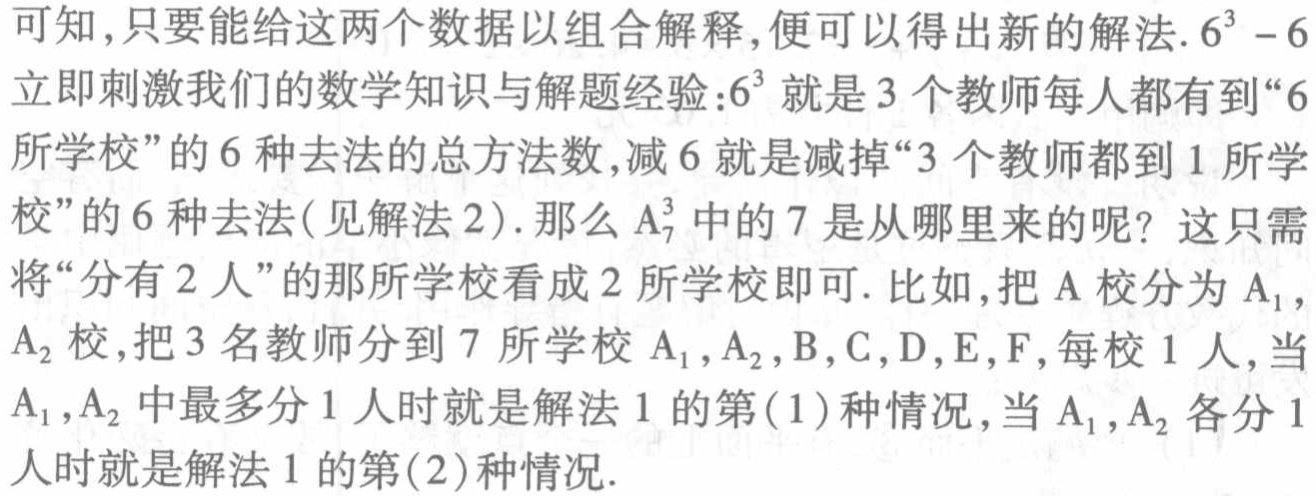
可知,只要能给这两个数据以组合解释,便可以得出新的解法.\(6^{3}-6\)立即刺激我们的数学知识与解题经验:\(6^{3}\)就是\(3\)个教师每人都有到“\(6\)所学校”的\(6\)种去法的总方法数,减\(6\)就是减掉“\(3\)个教师都到\(1\)所学校”的\(6\)种去法(见解法2).那么\(A_{7}^{3}\)中的\(7\)是从哪里来的呢? 这只需将“分有\(2\)人”的那所学校看成\(2\)所学校即可.比如,把\(A\)校分为\(A_{1}\),\(A_{2}\)校,把\(3\)名教师分到\(7\)所学校\(A_{1},A_{2},B,C,D,E,F\),每校\(1\)人,当\(A_{1},A_{2}\)中最多分\(1\)人时就是解法1的第(1)种情况,当\(A_{1},A_{2}\)各分\(1\)人时就是解法1的第(2)种情况.